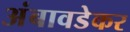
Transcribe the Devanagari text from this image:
अंबावडेकर